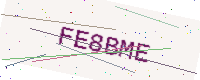
Text: FE8BME